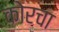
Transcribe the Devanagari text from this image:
कोरचा